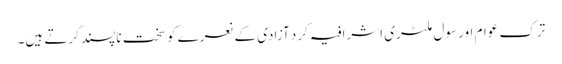
ترک عوام اور سول ملٹری اشرافیہ کرد آزادی کے نعرے کو سخت ناپسند کرتے ہیں۔